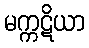
မက္ကဋိယာ